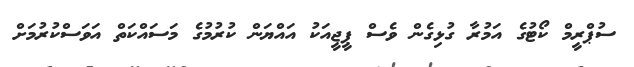
ސުޕްރީމް ކޯޓުގެ އަމުރާ ގުޅިގެން ވެސް ޕީޖީއަކު އައްޔަން ކުރުމުގެ މަސައްކަތް އަވަސްކުރުމަށް